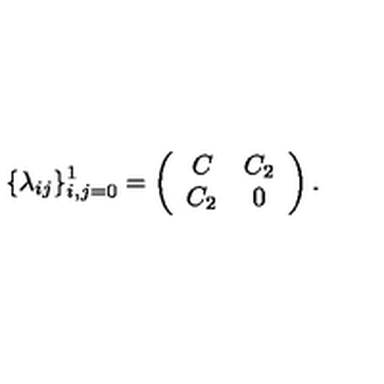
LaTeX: \{ \lambda _ { i j } \} _ { i , j = 0 } ^ { 1 } = \left( \begin{array} { c c } { C } & { C _ { 2 } } \\ { C _ { 2 } } & { 0 } \\ \end{array} \right) .